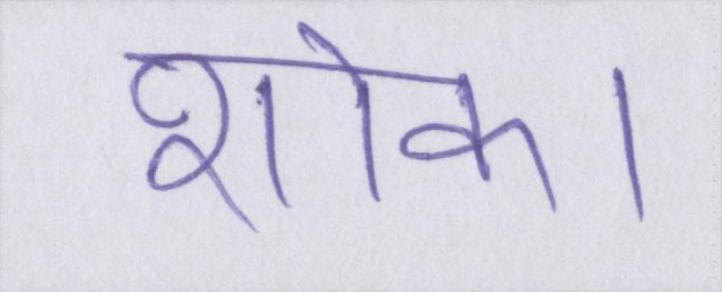
शोक।